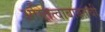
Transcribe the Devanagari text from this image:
अस्तित्वाबाबतची